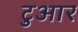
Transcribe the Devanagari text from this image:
टुआर